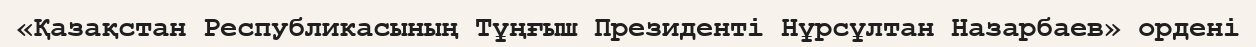
«Қазақстан Республикасының Тұңғыш Президенті Нұрсұлтан Назарбаев» ордені